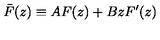
\bar { F } ( z ) \equiv A F ( z ) + B z F ^ { \prime } ( z )